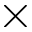
\mathrm { \times }